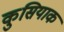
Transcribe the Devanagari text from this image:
कुसियाक